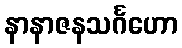
နာနာဇနသင်္ဂဟော